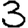
Digit: 3